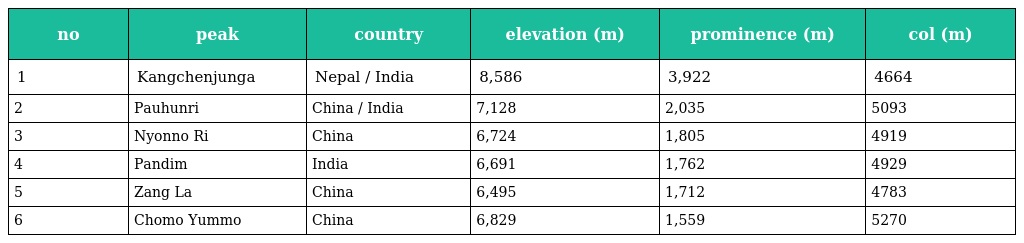
| no | peak | country | elevation (m) | prominence (m) | col (m) |
 | --- | --- | --- | --- | --- | --- |
 | 1 | Kangchenjunga | Nepal / India | 8,586 | 3,922 | 4664 |
 | 2 | Pauhunri | China / India | 7,128 | 2,035 | 5093 |
 | 3 | Nyonno Ri | China | 6,724 | 1,805 | 4919 |
 | 4 | Pandim | India | 6,691 | 1,762 | 4929 |
 | 5 | Zang La | China | 6,495 | 1,712 | 4783 |
 | 6 | Chomo Yummo | China | 6,829 | 1,559 | 5270 |